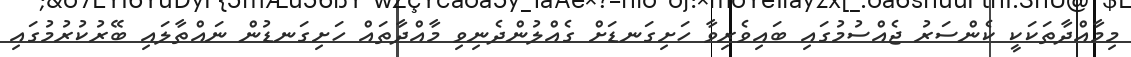
މިމާއްދާތަކަކީ ކެންސަރު ޖެއްސުމުގައި ބައިވެރިވާ ހަށިގަނޑަށް ގެއްލުންދެނިވި މާއްދާތައް ހަށިގަނޑުން ނައްތާލައި ބޭރުކުރުމުގައި